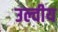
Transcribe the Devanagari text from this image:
उल्वीय